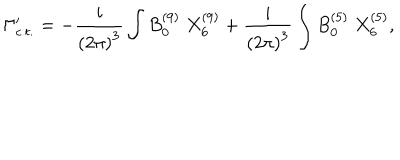
\Gamma _ { c . t . } ^ { \prime } = - { \frac { i } { { ( 2 \pi ) } ^ { 3 } } } \int B _ { 0 } ^ { ( 9 ) } \; X _ { 6 } ^ { ( 9 ) } + { \frac { i } { { ( 2 \pi ) } ^ { 3 } } } \int B _ { 0 } ^ { ( 5 ) } \; X _ { 6 } ^ { ( 5 ) } ,